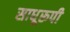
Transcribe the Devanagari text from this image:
साधूरूपी